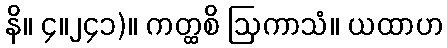
နိ။ ၄။၂၄၁)။ ကတ္ထစိ ဩကာသံ။ ယထာဟ